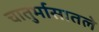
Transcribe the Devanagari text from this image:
चातुर्मासातले